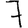
Digit: 7